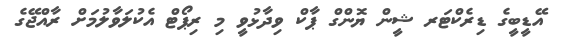
އޭޑީބީގެ ޑިރެކްޓަރ ޝީން ޔޮންގް ޕާކް ވިދާޅުވީ މި ރިޕޯޓް އެކުލަވާލުމަށް ރާއްޖޭގެ